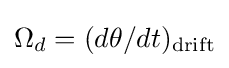
\Omega _{d}=(d\theta /dt)_{\rm {drift}}